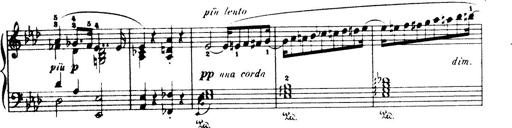
Title: Wagner-Liszt Album
Composer: Franz Liszt